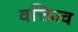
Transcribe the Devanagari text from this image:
वक्तित्व